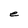
Character: e